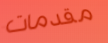
مقدمات